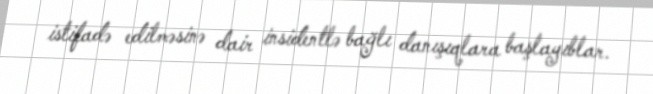
istifadə edilməsinə dair insidentlə bağlı danışıqlara başlayıblar.